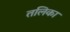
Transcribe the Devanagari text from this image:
तलिका